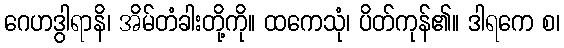
ဂေဟဒွါရာနိ၊ အိမ်တံခါးတို့ကို။ ထကေသုံ၊ ပိတ်ကုန်၏။ ဒါရကေ စ၊